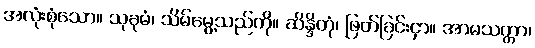
အလုံးစုံသော။ သုခုမံ၊ သိမ်မွေ့သည်ကို။ ဆိန္ဒိတုံ၊ ဖြတ်ခြင်းငှာ။ အာမသက္ကာ၊